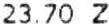
23.70 Z